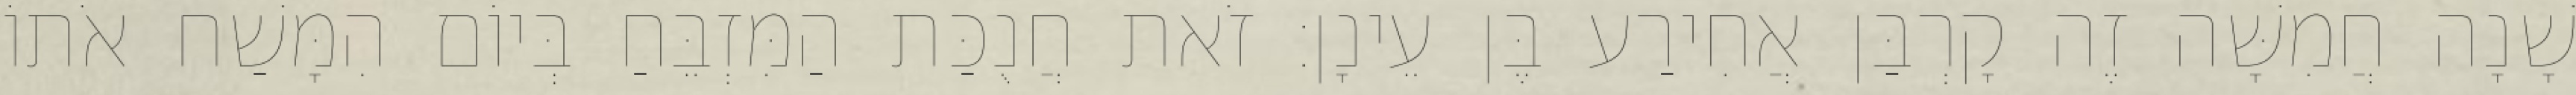
שָׁנָה חֲמִשָּׁה זֶה קָרְבַּן אֲחִירַע בֶּן עֵינָן׃ זֹאת חֲנֻכַּת הַמִּזְבֵּחַ בְּיוֹם הִמָּשַׁח אֹתוֹ